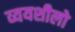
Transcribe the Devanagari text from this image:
व्ययशीलो